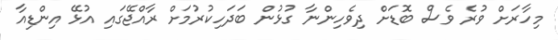
މިހާރަށް ވުރެ ވެސް ބޮޑަށް ދިވެހިންނާ ގުޅުން ބަދަހިކުރުމަށް ރާއްޖޭގައި އުޅޭ އިންޑިއާ